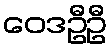
ဝေဒဦဦ